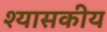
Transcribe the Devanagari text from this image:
श्यासकीय